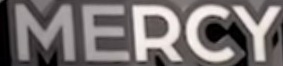
MERCY